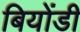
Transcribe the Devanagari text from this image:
बियोंडी